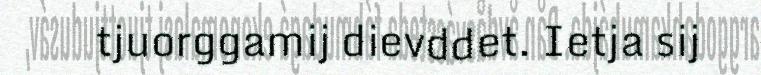
tjuorggamij dievddet. Ietja sij